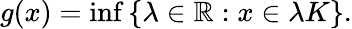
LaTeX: g(x)=\operatorname*{inf}\left\{ \lambda\in\mathbb{R}:x\in\lambda K\right\} .